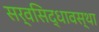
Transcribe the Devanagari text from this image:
सर्वसिद्धावस्था